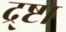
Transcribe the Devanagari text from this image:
द्र्ष्टा